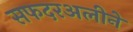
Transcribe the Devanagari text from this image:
सफदरअलीने